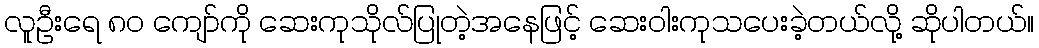
လူဦးရေ ၈၀ ကျော်ကို ဆေးကုသိုလ်ပြုတဲ့အနေဖြင့် ဆေးဝါးကုသပေးခဲ့တယ်လို့ ဆိုပါတယ်။